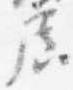
広